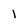
Character: 1